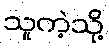
သူကဲ့သို့